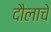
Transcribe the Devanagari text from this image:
दौलाचे